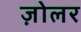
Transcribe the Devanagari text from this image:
ज़ोलर